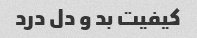
کیفیت بد و دل درد